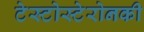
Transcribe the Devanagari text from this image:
टेस्टोस्टेरोनकी